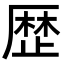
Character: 歴